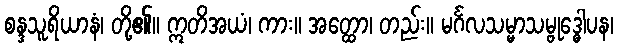
စန္ဒသူရိယာနံ၊ တို့၏။ ဣတိအယံ၊ ကား။ အတ္ထော၊ တည်း။ မင်္ဂလသမ္မာသမ္ဗုဒ္ဓေါပန၊